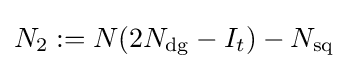
N_{2}:=N(2N_{\operatorname {dg} }-I_{t})-N_{\operatorname {sq} }